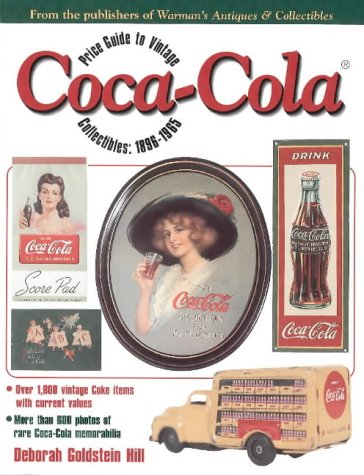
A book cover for Price Guide to Vintage Coca-Cola Collectibles:1896-1965; Deborah Goldstein Hill; Crafts, Hobbies & Home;